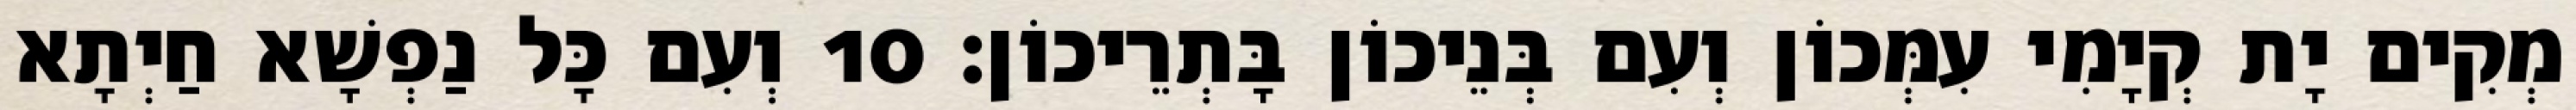
מְקִים יָת קְיָמִי עִמְּכוֹן וְעִם בְּנֵיכוֹן בָּתְרֵיכוֹן׃ 10 וְעִם כָּל נַפְשָׁא חַיְתָא